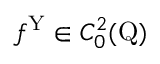
f ^ { \mathrm { Y } } \in C _ { 0 } ^ { 2 } ( \mathrm { Q } )